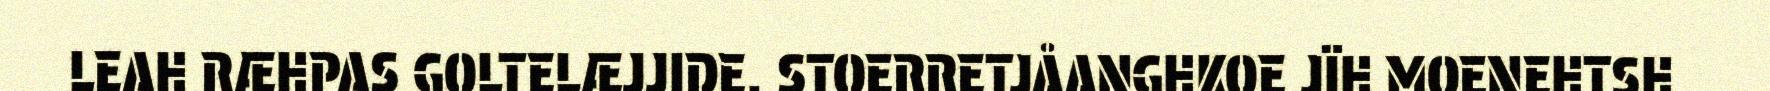
LEAH RÆHPAS GOLTELÆJJIDE. STOERRETJÅANGHKOE JÏH MOENEHTSH